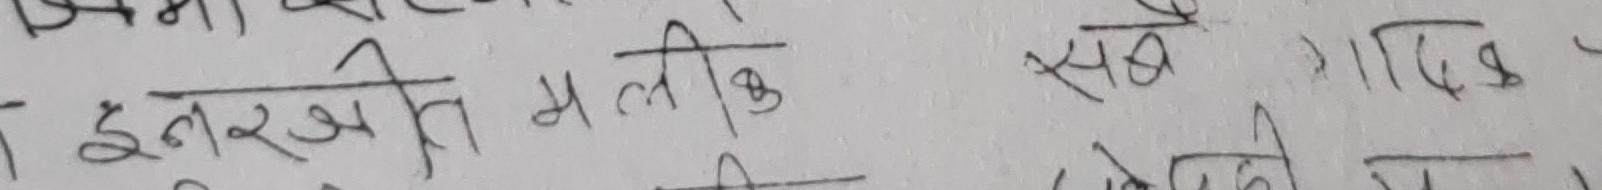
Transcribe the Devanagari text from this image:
इज्जत
इतरजे मलिक सबे गदिक